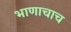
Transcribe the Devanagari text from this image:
भाणाचाच